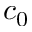
c _ { 0 }